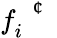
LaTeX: f_{i}^{\mathrm{~\textit~{~\textcent~}~}}